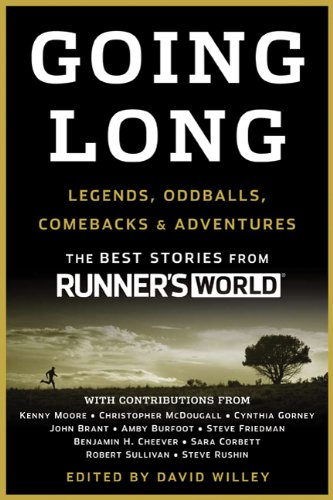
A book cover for Going Long: Legends, Oddballs, Comebacks & Adventures; Editors of Runner's World; Sports & Outdoors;